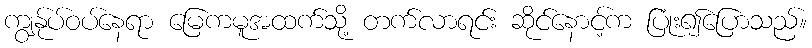
ကျွန်ုပ်ဝပ်နေရာ မြေကမူအထက်သို့ တက်လာရင်း ဆိုင်နောင့်က ပြုံး၍ပြောသည်။